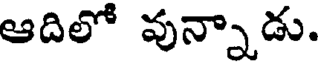
ఆదిలో వున్నాడు.